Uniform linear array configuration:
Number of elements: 48
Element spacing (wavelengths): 0.75
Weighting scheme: uniform
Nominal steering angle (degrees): -15
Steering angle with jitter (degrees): -15.041
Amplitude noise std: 0.05
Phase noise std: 0.05

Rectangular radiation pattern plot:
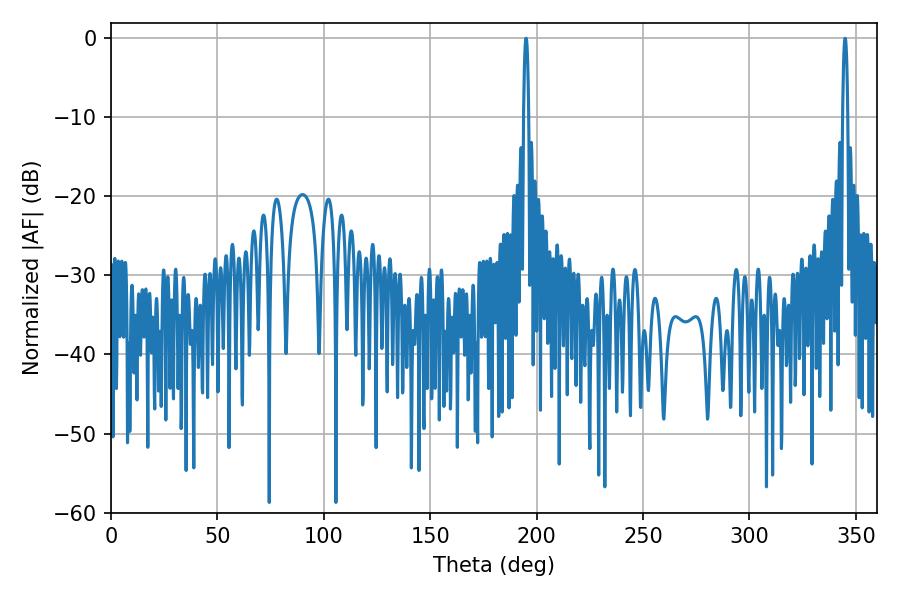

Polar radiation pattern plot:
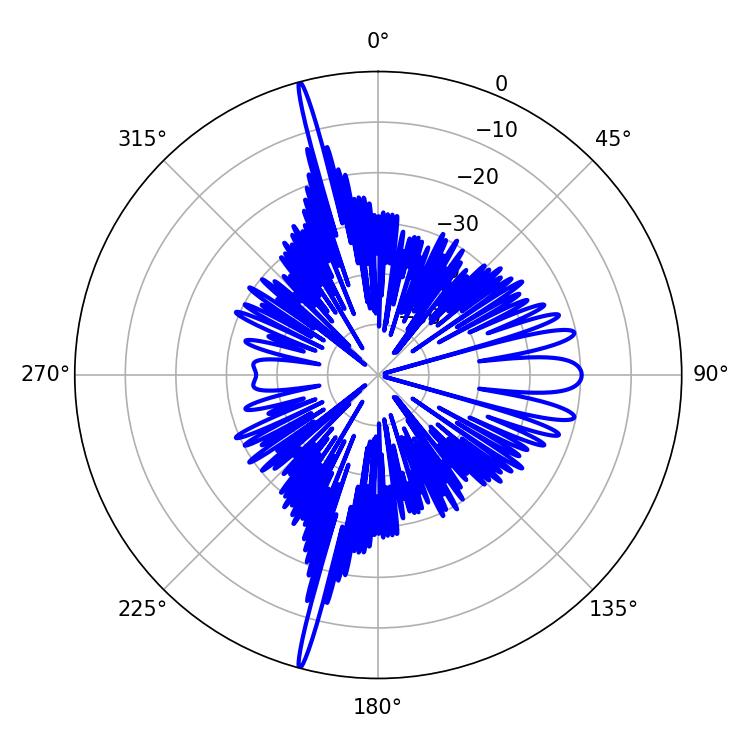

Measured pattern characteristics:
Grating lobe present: TRUE
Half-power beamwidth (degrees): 1.26
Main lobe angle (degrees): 344.88